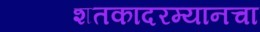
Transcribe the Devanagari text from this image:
शतकादरम्यानचा